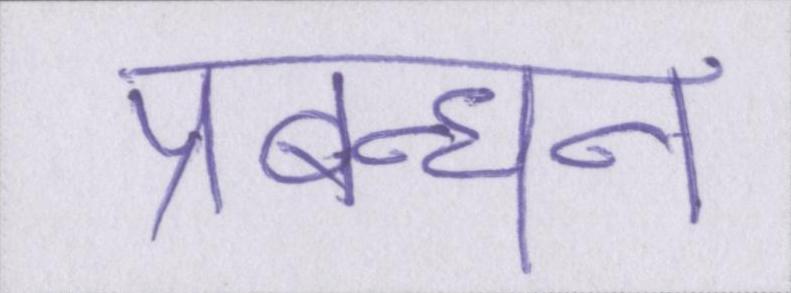
प्रबन्धन